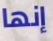
إنها